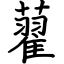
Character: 藋